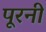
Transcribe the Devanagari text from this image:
पूरनी